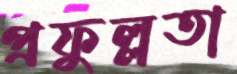
প্রফুল্লতা